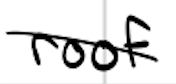
Text: roof
Cross-out: diagonal
Writing tool: digital_black